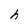
Character: h